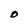
Character: O